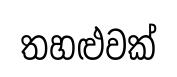
තහළුවක්